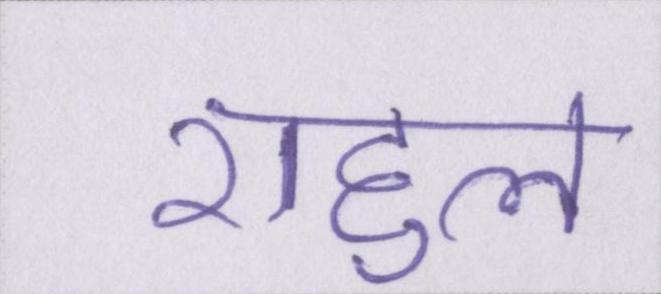
राहुल